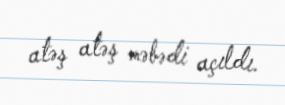
atəş atəş məbədi açıldı.